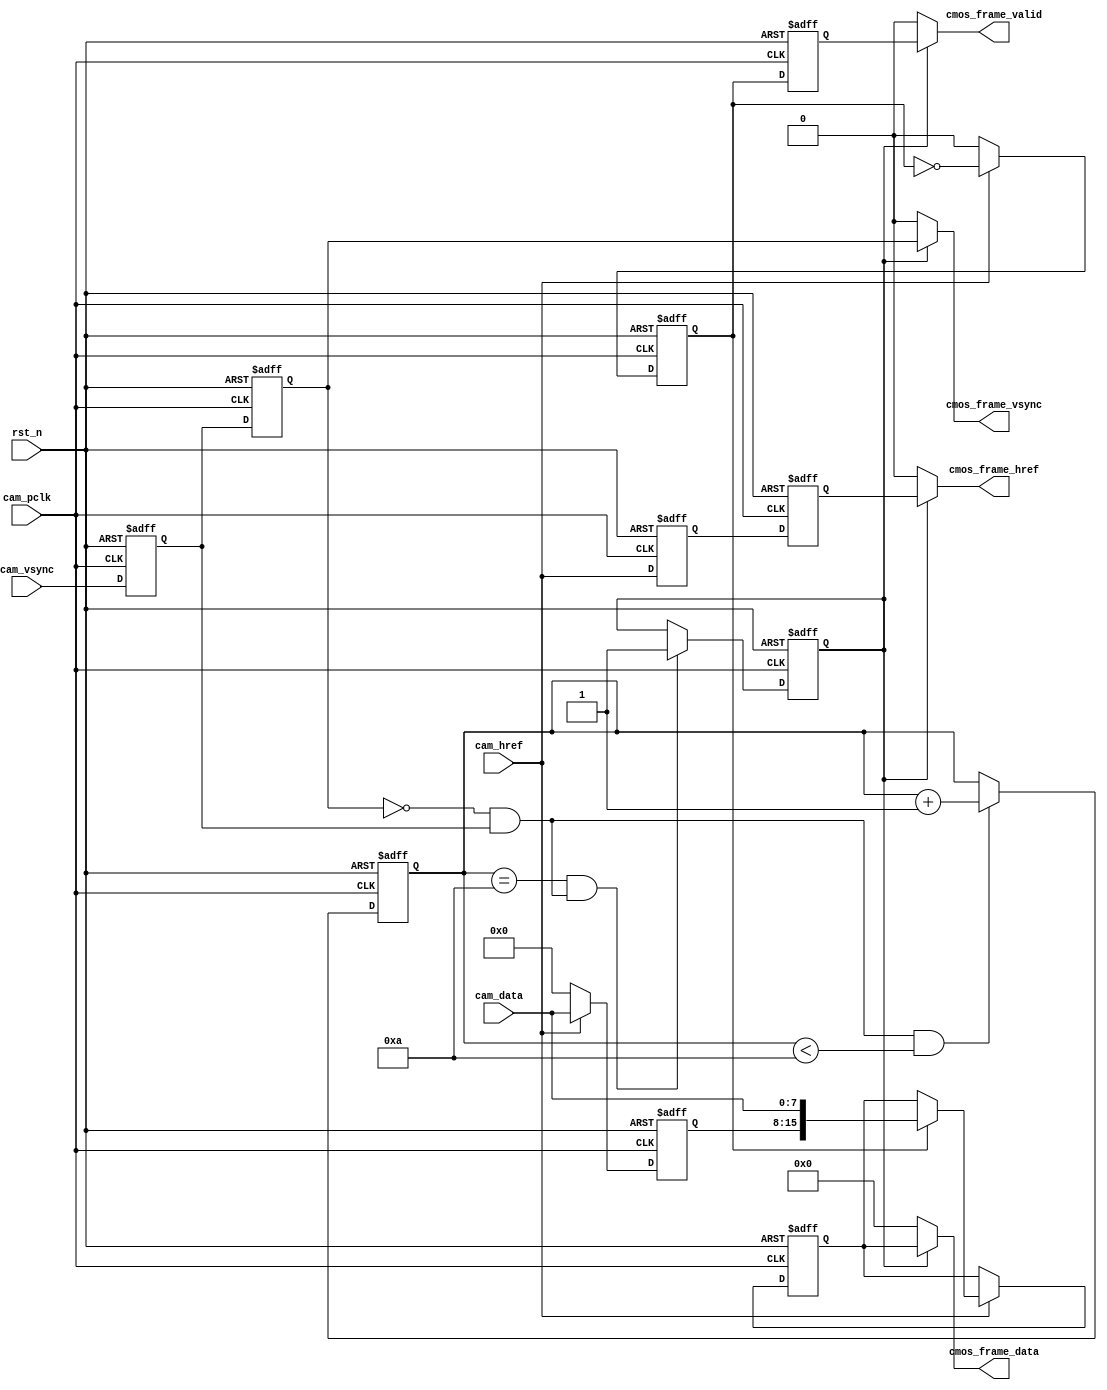
//2019.11.20
//
//8rgb565

module cmos_capture_data(
    input                 rst_n           ,  //
    //
    input                 cam_pclk        ,  //cmos 
    input                 cam_vsync       ,  //cmos 
    input                 cam_href        ,  //cmos 
    input        [7:0]    cam_data        ,  //cmos                              
    //
    output                cmos_frame_vsync,  //    
    output                cmos_frame_href ,  //
    output                cmos_frame_valid,  //
    output       [15:0]   cmos_frame_data    //        
    );

//10
//
parameter  WAIT_FRAME = 4'd10  ;             //            

//reg define
reg             cam_vsync_d0   ;
reg             cam_vsync_d1   ;
reg             cam_href_d0    ;
reg             cam_href_d1    ;
reg    [3:0]    cmos_ps_cnt    ;             //
reg             frame_val_flag ;             //

reg    [7:0]    cam_data_d0    ;             
reg    [15:0]   cmos_data_t    ;             //816
reg             byte_flag      ;             
reg             byte_flag_d0   ;

//wire define
wire            pos_vsync      ;

//*****************************************************
//**                    main code
//*****************************************************

//
assign pos_vsync = (~cam_vsync_d1) & cam_vsync_d0;  

//
assign  cmos_frame_vsync = frame_val_flag  ?  cam_vsync_d1  :  1'b0; 
//
assign  cmos_frame_href  = frame_val_flag  ?  cam_href_d1   :  1'b0; 
//
assign  cmos_frame_valid = frame_val_flag  ?  byte_flag_d0  :  1'b0; 
//
assign  cmos_frame_data  = frame_val_flag  ?  cmos_data_t   :  1'b0; 

//
always @(posedge cam_pclk or negedge rst_n) begin
    if(!rst_n) begin
        cam_vsync_d0 <= 1'b0;
        cam_vsync_d1 <= 1'b0;
        cam_href_d0 <= 1'b0;
        cam_href_d1 <= 1'b0;
    end
    else begin
        cam_vsync_d0 <= cam_vsync;
        cam_vsync_d1 <= cam_vsync_d0;
        cam_href_d0 <= cam_href;
        cam_href_d1 <= cam_href_d0;
    end
end

//
always @(posedge cam_pclk or negedge rst_n) begin
    if(!rst_n)
        cmos_ps_cnt <= 4'd0;
    else if(pos_vsync && (cmos_ps_cnt < WAIT_FRAME))
        cmos_ps_cnt <= cmos_ps_cnt + 4'd1;
end

//
always @(posedge cam_pclk or negedge rst_n) begin
    if(!rst_n)
        frame_val_flag <= 1'b0;
    else if((cmos_ps_cnt == WAIT_FRAME) && pos_vsync)
        frame_val_flag <= 1'b1;
end            

//816RGB565        
always @(posedge cam_pclk or negedge rst_n) begin
    if(!rst_n) begin
        cmos_data_t <= 16'd0;
        cam_data_d0 <= 8'd0;
        byte_flag <= 1'b0;
    end
    else if(cam_href) begin
        byte_flag <= ~byte_flag;
        cam_data_d0 <= cam_data;
        if(byte_flag)
            cmos_data_t <= {cam_data_d0,cam_data};
    end
    else begin
        byte_flag <= 1'b0;
        cam_data_d0 <= 8'b0;
    end    
end        

//(cmos_frame_valid)
always @(posedge cam_pclk or negedge rst_n) begin
    if(!rst_n)
        byte_flag_d0 <= 1'b0;
    else
        byte_flag_d0 <= byte_flag;    
end          

endmodule